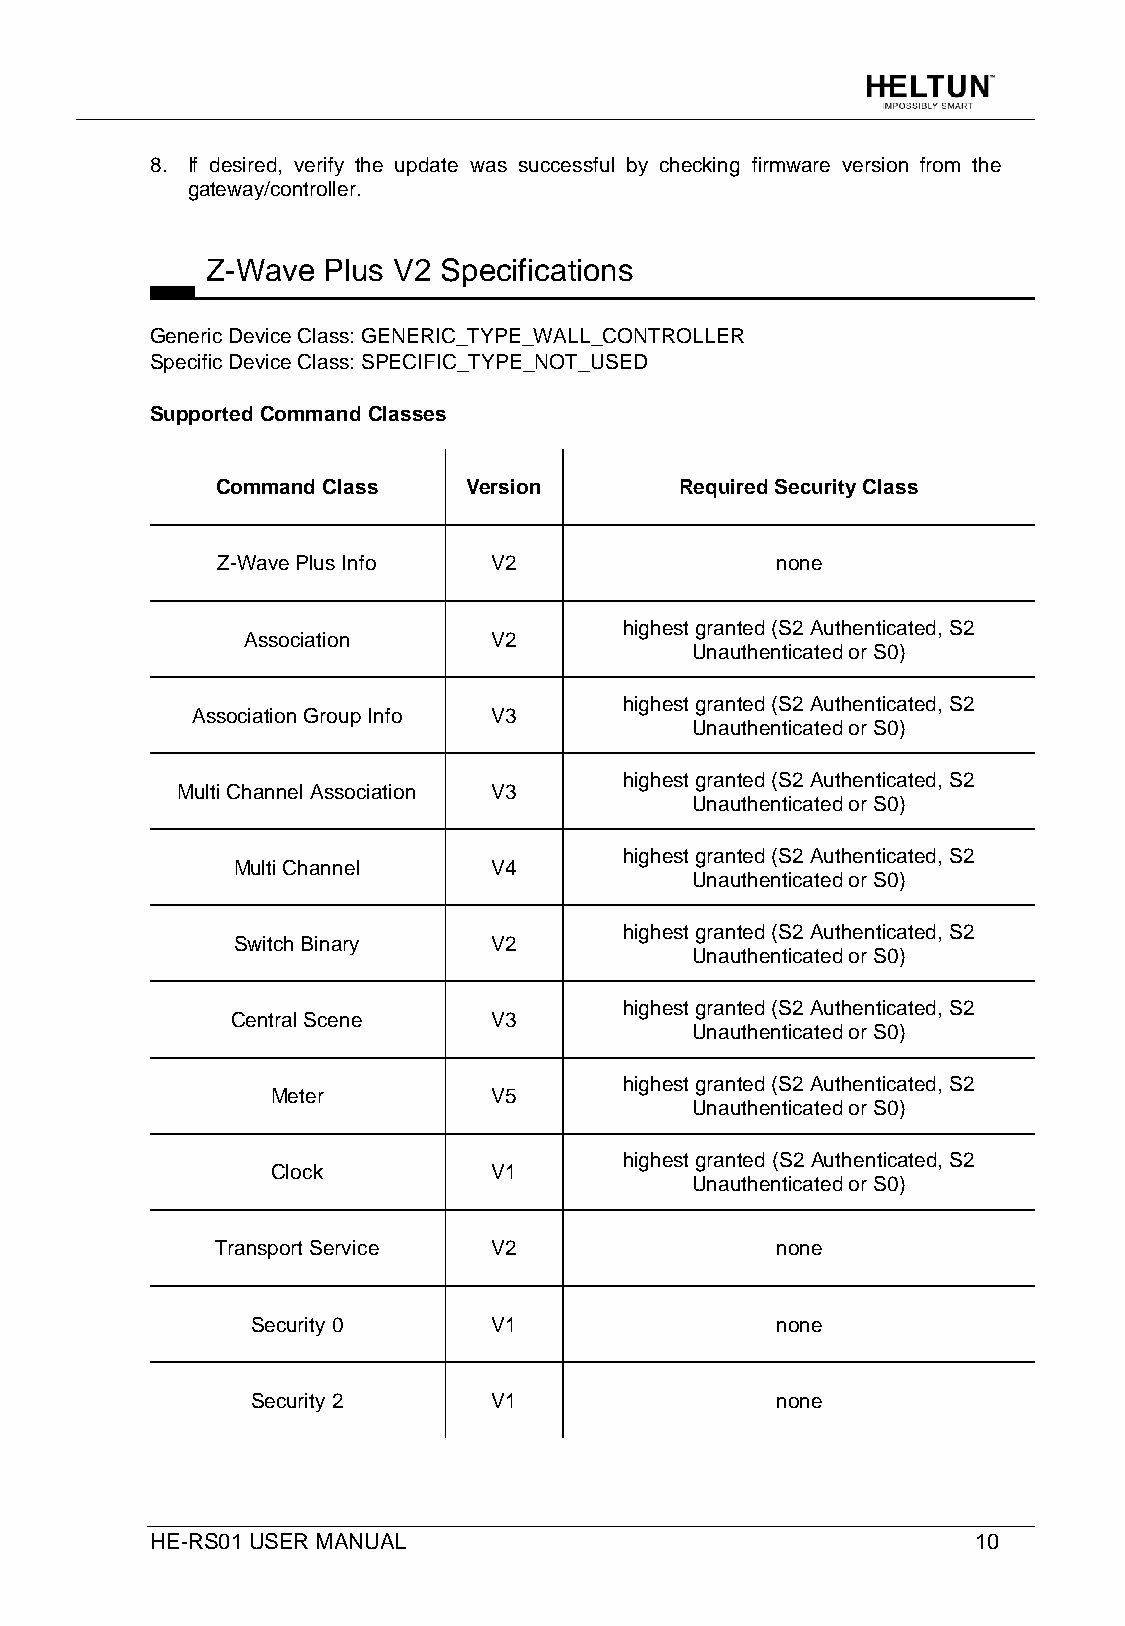
8. If desired, verify the update was successful by checking firmware version from the
 gateway/controller.
 Z-Wave Plus V2 Specifications
 Generic Device Class: GENERIC_TYPE_WALL_CONTROLLER
 Specific Device Class: SPECIFIC_TYPE_NOT_USED
 Supported Command Classes
 Command Class    Version       Required Security Class
 Z-Wave Plus Info   V2                none
 highest granted (S2 Authenticated, S2
 Association      V2
 Unauthenticated or S0)
 highest granted (S2 Authenticated, S2
 Association Group Info V3
 Unauthenticated or S0)
 highest granted (S2 Authenticated, S2
 Multi Channel Association V3
 Unauthenticated or S0)
 highest granted (S2 Authenticated, S2
 Multi Channel     V4
 Unauthenticated or S0)
 highest granted (S2 Authenticated, S2
 Switch Binary     V2
 Unauthenticated or S0)
 highest granted (S2 Authenticated, S2
 Central Scene     V3
 Unauthenticated or S0)
 highest granted (S2 Authenticated, S2
 Meter          V5
 Unauthenticated or S0)
 highest granted (S2 Authenticated, S2
 Clock          V1
 Unauthenticated or S0)
 Transport Service  V2                none
 Security 0      V1                none
 Security 2      V1                none
 HE-RS01 USER MANUAL                                    10